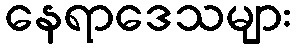
နေရာဒေသများ